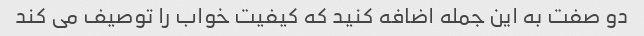
دو صفت به این جمله اضافه کنید که کیفیت خواب را توصیف می کند